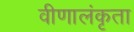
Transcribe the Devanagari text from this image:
वीणालंकृता